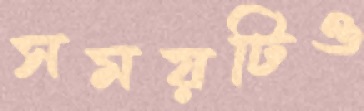
সময়টিও